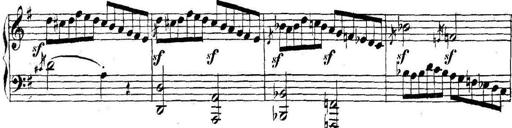
Title: Collected Piano Sonatas
Composer: Muzio Clementi